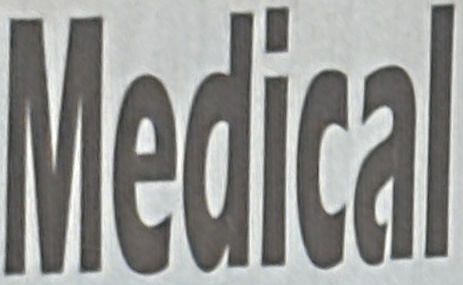
Medical